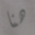
هنا